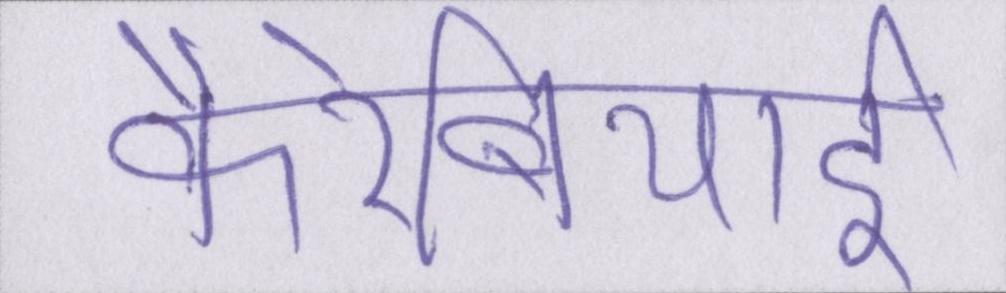
कैरेबियाई